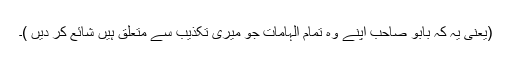
(یعنی یہ کہ بابو صاحب اپنے وہ تمام الہامات جو میری تکذیب سے متعلق ہیں شائع کر دیں )۔